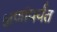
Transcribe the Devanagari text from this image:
क्षणांपर्यंत